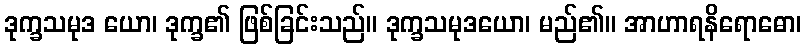
ဒုက္ခသမုဒ ယော၊ ဒုက္ခ၏ ဖြစ်ခြင်းသည်။ ဒုက္ခသမုဒယော၊ မည်၏။ အာဟာရနိရောဓော၊